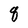
Character: q